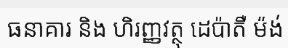
ធនាគារ និង ហិរញ្ញវត្ថុ ដេប៉ាតឺ ម៉ង់